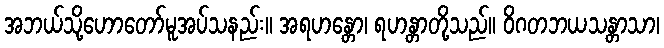
အဘယ်သို့ဟောတော်မူအပ်သနည်း။ အရဟန္တော၊ ရဟန္တာတို့သည်။ ဝိဂတဘယသန္တာသာ၊